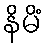
နိမိံ